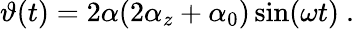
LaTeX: \vartheta(t)=2\alpha(2\alpha_{z}+\alpha_{0})\sin(\omega t)\ .